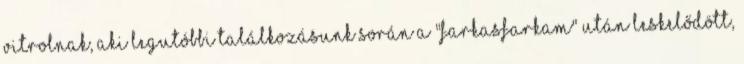
Vitrolnak, aki legutóbbi találkozásunk során a "farkasfarkam" után leskelődött,